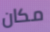
مكان